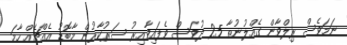
ނަމަވެސް ރިލްވާން ގެއްލުނުތާ 25 ދުވަސް ވެފައިވާއިރު ސަރުކާރުން މާބޮޑު އެއްޗެއް ހާމަ